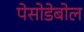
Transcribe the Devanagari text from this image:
पेसोडेबोल